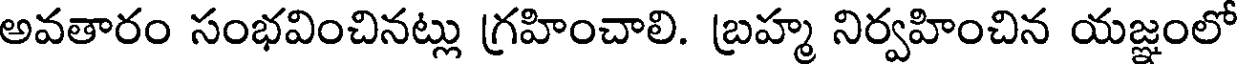
అవతారం సంభవించినట్లు గ్రహించాలి. బ్రహ్మ నిర్వహించిన యజ్ఞంలో